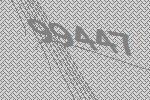
99447